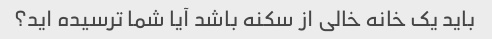
باید یک خانه خالی از سکنه باشد آیا شما ترسیده اید؟